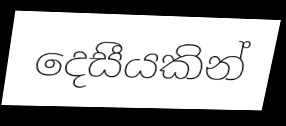
දෙසීයකින්